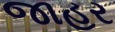
જાહર